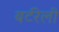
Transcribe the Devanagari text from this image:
बर्टरेली